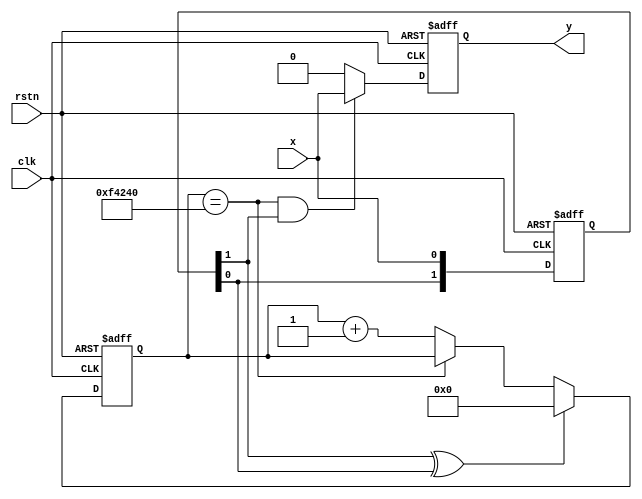
`timescale 1ns / 1ps
//////////////////////////////////////////////////////////////////////////////////
// Company: 
// Engineer: 
// 
// Design Name: 
// Module Name: Debounce
// Project Name: 
// Target Devices: 
// Tool Versions: 
// Description: 
// 
// Dependencies: 
// 
// Revision:
// Revision 0.01 - File Created
// Additional Comments:
// 
//////////////////////////////////////////////////////////////////////////////////


module Debounce(
    input clk,rstn,x,
    output reg y
    );
    reg [19:0] count;   //
    reg [1:0] x_pre_now;    //

  always @(posedge clk or negedge rstn) begin
    if(!rstn)
        x_pre_now <= 2'b00;
    else
        x_pre_now <= {x_pre_now[0],x};
  end
  
  always @(posedge clk or negedge rstn) begin
    if(!rstn)
        count <= 20'h0;
    else if(x_pre_now[1]^x_pre_now[0])  //
        count <= 20'h0;
    else if(count == 20'hf4240)         //count
        count <= count;
    else 
        count <= count + 1'h1;
  end

  always @(posedge clk or negedge rstn) begin
    if(!rstn)
        y <= 1'b0;
    else if(count == 20'hf4240 && x_pre_now[1] == 1'b1) //
        y <= x;
    else
        y <= 1'b0;
  end
endmodule